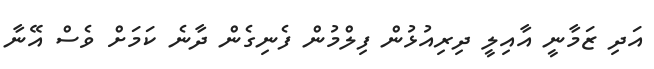
އަދި ޒަމާނީ އާއިލީ ދިރިއުޅުން ފިލްމުން ފެނިގެން ދާނެ ކަމަށް ވެސް އޭނާ